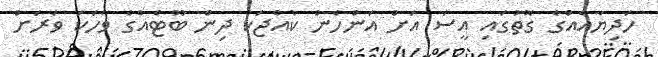
ހަދިޔާއެއްގެ ގޮތުގައި އީސަ އަށް އަންހެން ކުއްޖަކު ދިން ބޫޓެއްގެ ވާހަކަ ވަރަށް